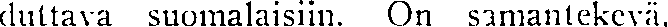
duttava suomalaisiin. On samantekevä.